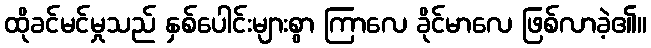
ထိုခင်မင်မှုသည် နှစ်ပေါင်းများစွာ ကြာလေ ခိုင်မာလေ ဖြစ်လာခဲ့၏။